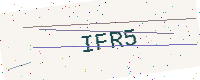
Text: IFR5